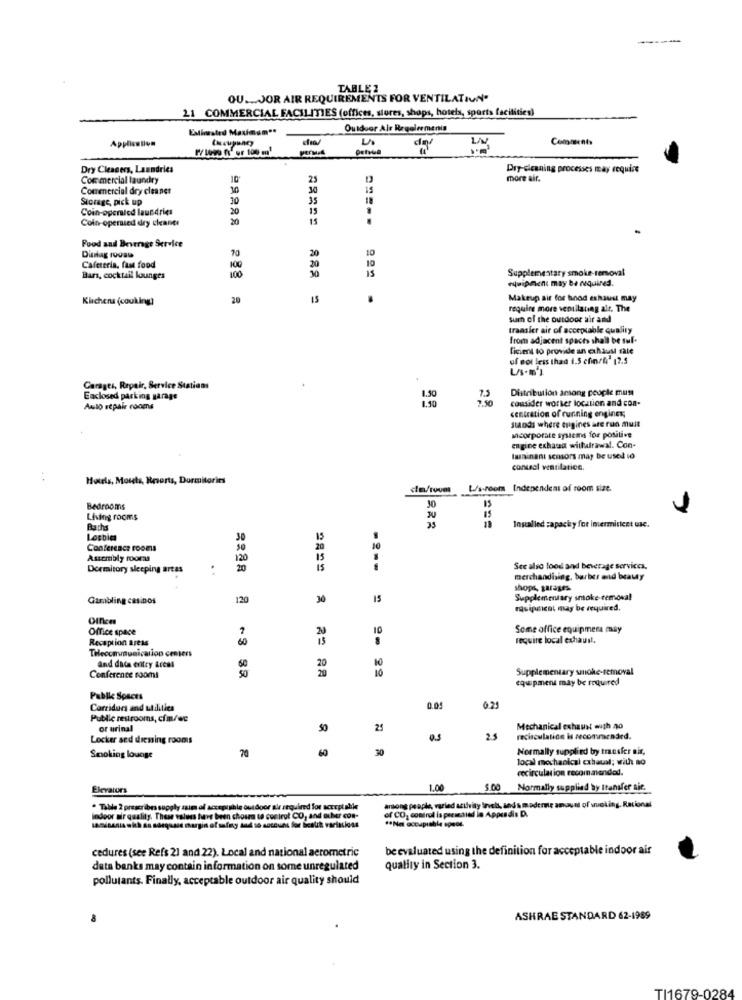
---
--
TABLE2
OU ... JOR AIR REQUIREMENTS FOR VENTILATION
21 COMMERCIAL FACILITIES (offices, stores, shops, hotels, sports facilities)
Estimated Maximum **
Outdoor Air Regelremenis
Application
(Heupancy
Comments
Dry Cleaners, Laundries
Dry-cleaning processes may require
Commercial laundry
10
23
more air.
Commercial dry cleaner
30
30
Storage, pick up
30
35
Coin-operated laundries
20
15
Coin- operated dry cleaner
20
15
Food and Beverage Service
70
20
Distag rooss
10
10
Cafeteria, fast food
100
30
30
IS
Supplementary smoke-removal
Bars, cocktail lounges
100
equipment may be required.
Klichens (couking)
20
IS
Makeup air for hood exhaust may
require more ventilating alt. The
sum of the outdoor air and
transfer air of acceptable quality
from adjacent spaces shall be sul.
Ficient to provide an exhaust rate
of dot less thad 1.5 cfin/4' 17.5
Garages, Repair, Service Stations
Distribution among people must
Enclosed parking garage
1.30
consider worter location and con-
Auto repair rooms
centration of running engines,
stands where origines ate run muit
Mcorporate systems for positive
engine exhaus withulrawal. Con-
laminant semors may be used to
control ventilation.
Hotels, Mouets, Resorts, Dormitories
ca/roum
L/s-room Independent of room size.
Bedrooms
30
30
Living rooms
Baths
35
Installed zapacky for inermiticet us.
Losbien
30
15
Conference rooms
Assembly rooras
15
Dormitory sleeping areas
----
See also food and beverage services.
merchandising, barber and beauty
shops, garages
Gambling casinos
120
30
15
Supplementary smoke removal
muipsicat may be required.
Offices
Office space
10
Some office equipment may
Reception areas
require local exhaust.
THlecommunication centers
and data entry Areal
20
10
10
Supplementary smoke-removal
Conference rooms
equipment may be required
Pable Spaces
Carridurs and utilities
0.01
Public restrooms, cfm/we
or urinal
50
25
Mechanical exhaust muth no
Locker sed dressing rooms
0.5
2.5
recisculation is recommended.
60
30
Normally supplied by transfer nis,
Smoking lounge
70
local mechanical exhaual; with no
recirculation recommended.
Elevators
1.00
5.00
Normally supplied by Itansfer aic.
among people, varied activity level, and s moderate amount of vueking, Rational
. Table 2 prescribes supply zaims of acceptshle outdoor air required for serepiable
of CO. comtrol is persesind in Appendix D.
indoor air quality. These values have been choura te cosirut CO, and other con-
** Ne occupiable speos.
cedures (see Refs 2] and 22). Local and national aerometric
be evaluated using the definition for acceptable indoor air
data banks may contain information on some unregulated
quality in Section 3.
pollutants. Finally, acceptable outdoor air quality should
ASHRAE STANDARD 62-1989
TI1679-0284